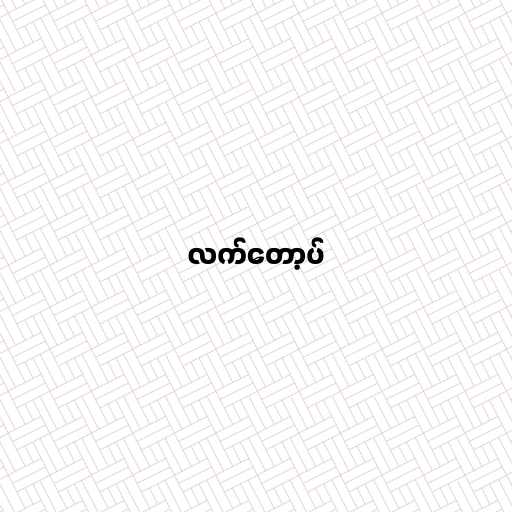
လက်တော့ပ်